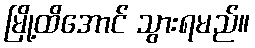
မြို့ထိအောင် သွားရမည်။